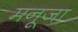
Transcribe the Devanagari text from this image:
मनूजा